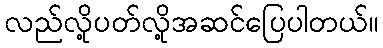
လည်လို့ပတ်လို့အဆင်ပြေပါတယ်။